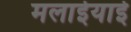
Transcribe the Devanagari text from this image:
मलाईयाई